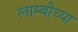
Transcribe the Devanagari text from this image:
लाम्बीच्या